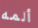
ألمه